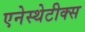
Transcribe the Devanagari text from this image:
एनेस्थेटीक्स